Indian Medical Review
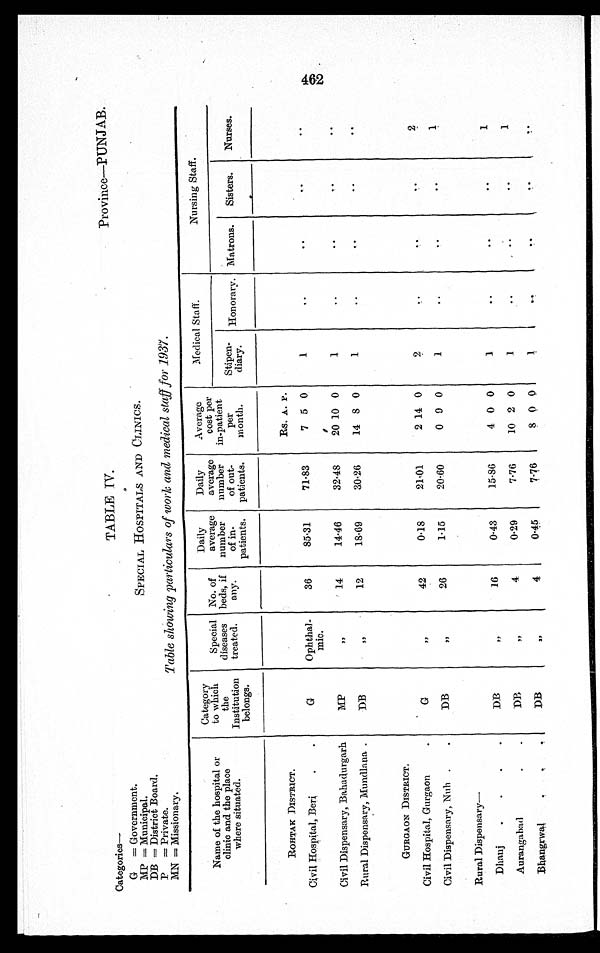
Categories--
G = Government.
MP = Municipal.
DB = District Board.
P =Private.
MN = Missionary.
•
TABLE IV.
Province—PUNJAB.
SPECIAL HOSPITALS AND CLINICS.
Table showing particulars of work and medical staff for 1937.
Name of the hospital or
clinic and the place
where situated.
Category
to which
the
Institution
belongs.
Special
diseases
treated.
No. of
beds, if
any.
Daily
average
number
of in-
patients.
Daily
average
number
of out-
patients.
Average
cost per
in-patient
per
month.
Medical Staff.
Nursing Staff.
Stipen-
diary.
Honorary. Matrons.
Sisters.
Nurses.
ROHTAK DISTRICT.
Rs. A. P.
Civil Hospital, Beri
.
.
G
Ophthal-
mic.
36
85.31
71.83
7 5 0
e
1
. .
..
. .
. .
Civil Dispensary, Bahadurgarh
MP
, ,
14
14.46
32.48
20 10 0
1
..
. .
. .
. .
Rural Dispensary, Mundlana .
DB
, ,
12
18.69
30.26
14 8 0
1
..
..
. .
. .
GURGAON DISTRICT.
Civil Hospital, Gurgaon.
G
, ,
42
0.18
21.01
2 14 0
2
. .
..
. .
2
Civil Dispensary, Nuh .
.
D B
, ,
26
1.15
20.60
0 9 0
1
. .
..
. .
1
Rural Dispensary —
Dhanj
. .
.
.
D B
„
1 6
0.43
15.86
4 0 0
1
..
. .
.
1
Aurangabad
.
.
DB
,,
4
0.29
7.76
10 2 0
1
..
..
. .
1
Bhangrwal
.
.
D
„
4
0.45
7 . 7 6
8
()
0
1
. .
..
. .
. .